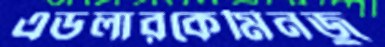
এডলারকেমিনজু